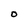
Character: O